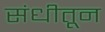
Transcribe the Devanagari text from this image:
संधीतून